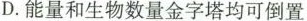
D.能量和生物数量金字塔均可倒置